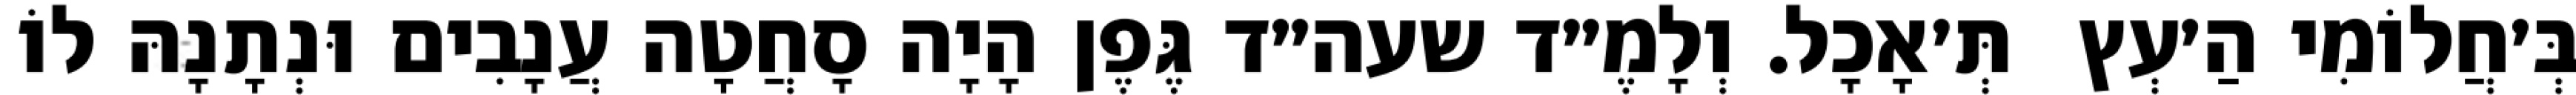
בְּ׳חֲלוֹמִי הַ׳עְץ  תְּ׳אָכָל. וְלָמֶ״ד שעה״ד גֶּפֶן הָיָה סָחֲטָה עֲנָבִים וּנְתָנָהּ לוֹ